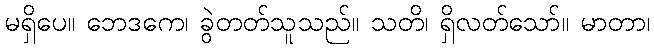
မရှိပေ။ ဘေဒကေ၊ ခွဲတတ်သူသည်။ သတိ၊ ရှိလတ်သော်။ မာတာ၊